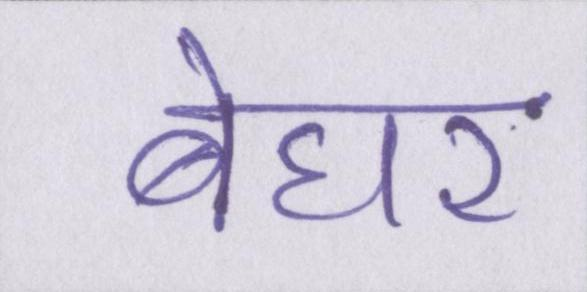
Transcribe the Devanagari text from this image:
बेघर